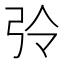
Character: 𢏀